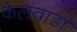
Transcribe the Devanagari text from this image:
केलवाडा